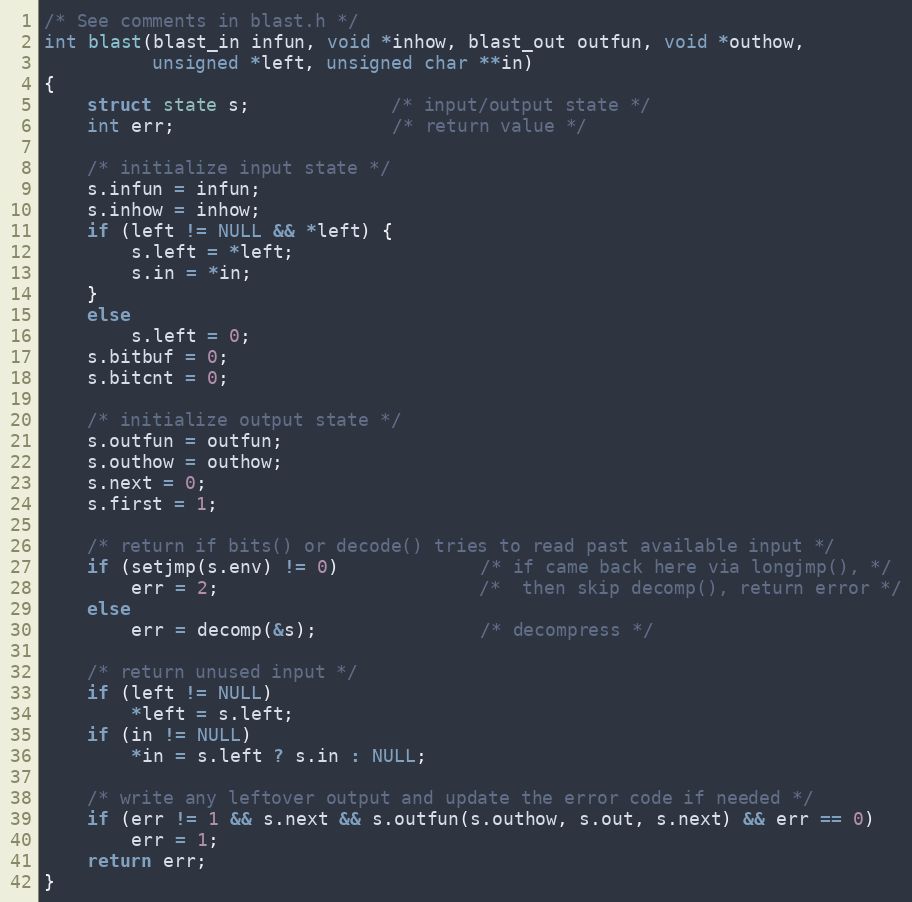
Language: C
/* See comments in blast.h */
int blast(blast_in infun, void *inhow, blast_out outfun, void *outhow,
          unsigned *left, unsigned char **in)
{
    struct state s;             /* input/output state */
    int err;                    /* return value */

    /* initialize input state */
    s.infun = infun;
    s.inhow = inhow;
    if (left != NULL && *left) {
        s.left = *left;
        s.in = *in;
    }
    else
        s.left = 0;
    s.bitbuf = 0;
    s.bitcnt = 0;

    /* initialize output state */
    s.outfun = outfun;
    s.outhow = outhow;
    s.next = 0;
    s.first = 1;

    /* return if bits() or decode() tries to read past available input */
    if (setjmp(s.env) != 0)             /* if came back here via longjmp(), */
        err = 2;                        /*  then skip decomp(), return error */
    else
        err = decomp(&s);               /* decompress */

    /* return unused input */
    if (left != NULL)
        *left = s.left;
    if (in != NULL)
        *in = s.left ? s.in : NULL;

    /* write any leftover output and update the error code if needed */
    if (err != 1 && s.next && s.outfun(s.outhow, s.out, s.next) && err == 0)
        err = 1;
    return err;
}